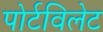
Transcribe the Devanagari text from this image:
पोर्टविलेट